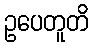
ဥပေတူတိ